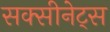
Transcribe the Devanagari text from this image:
सक्सीनेट्स